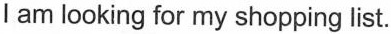
l am looking for my shopping list.